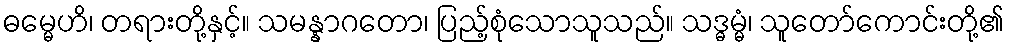
ဓမ္မေဟိ၊ တရားတို့နှင့်။ သမန္နာဂတော၊ ပြည့်စုံသောသူသည်။ သဒ္ဓမ္မံ၊ သူတော်ကောင်းတို့၏